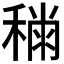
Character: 𥡎